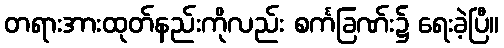
တရားအားထုတ်နည်းကိုလည်း စင်္ကခြဏ်း၌ ရေးခဲ့ပြီ။